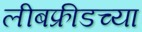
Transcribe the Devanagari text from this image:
लीबफ्रीडच्या